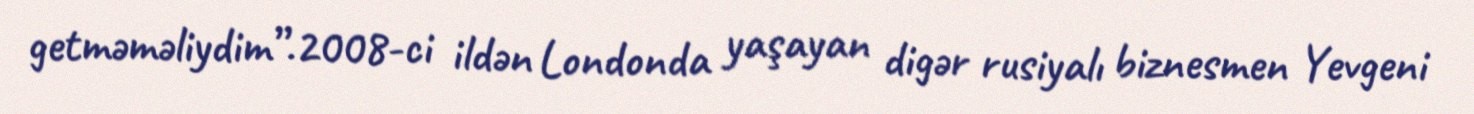
getməməliydim”.2008-ci ildən Londonda yaşayan digər rusiyalı biznesmen Yevgeni